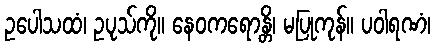
ဥပေါသထံ၊ ဥပုသ်ကို။ နေဝကရောန္တိ၊ မပြုကုန်။ ပဝါရဏံ၊